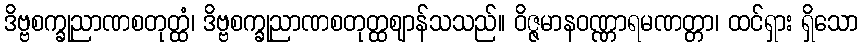
ဒိဗ္ဗစက္ခုညာဏစတုတ္ထံ၊ ဒိဗ္ဗစက္ခုညာဏစတုတ္ထဈာန်သသည်။ ဝိဇ္ဇမာနဝဏ္ဏာရမဏတ္တာ၊ ထင်ရှား ရှိသော